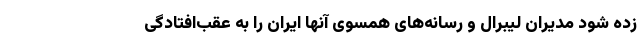
زده شود مدیران لیبرال و رسانه‌های همسوی آنها ایران را به عقب‌افتادگی